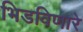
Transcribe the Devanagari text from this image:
भिडविणारे